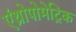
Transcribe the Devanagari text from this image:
एंथ्रोपोमेट्रिक